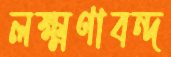
লক্ষ্মণাবন্দ